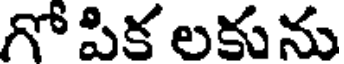
గో పిక లకును